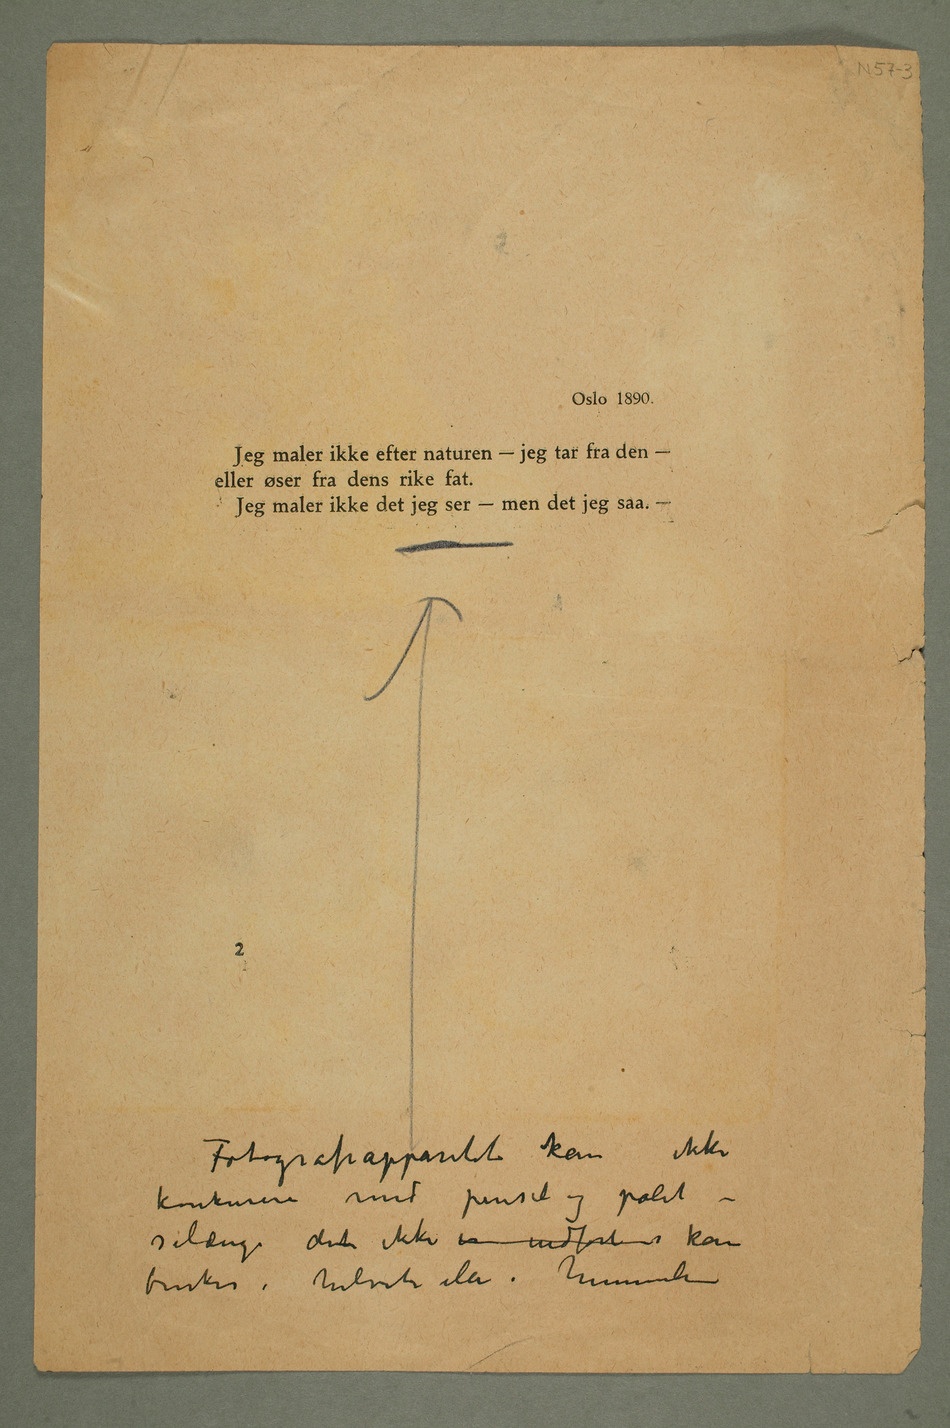
Oslo 1890.
Jeg maler ikke efter naturen – jeg tar fra den –
eller øser fra dens rike fat.
Jeg maler ikke det jeg ser – men det jeg saa. –
Fotografiapparatet kan ikke
konkurere med pensel og palet –
sålenge dent ikke er indført kan
brukes i helvete eller i himmelen